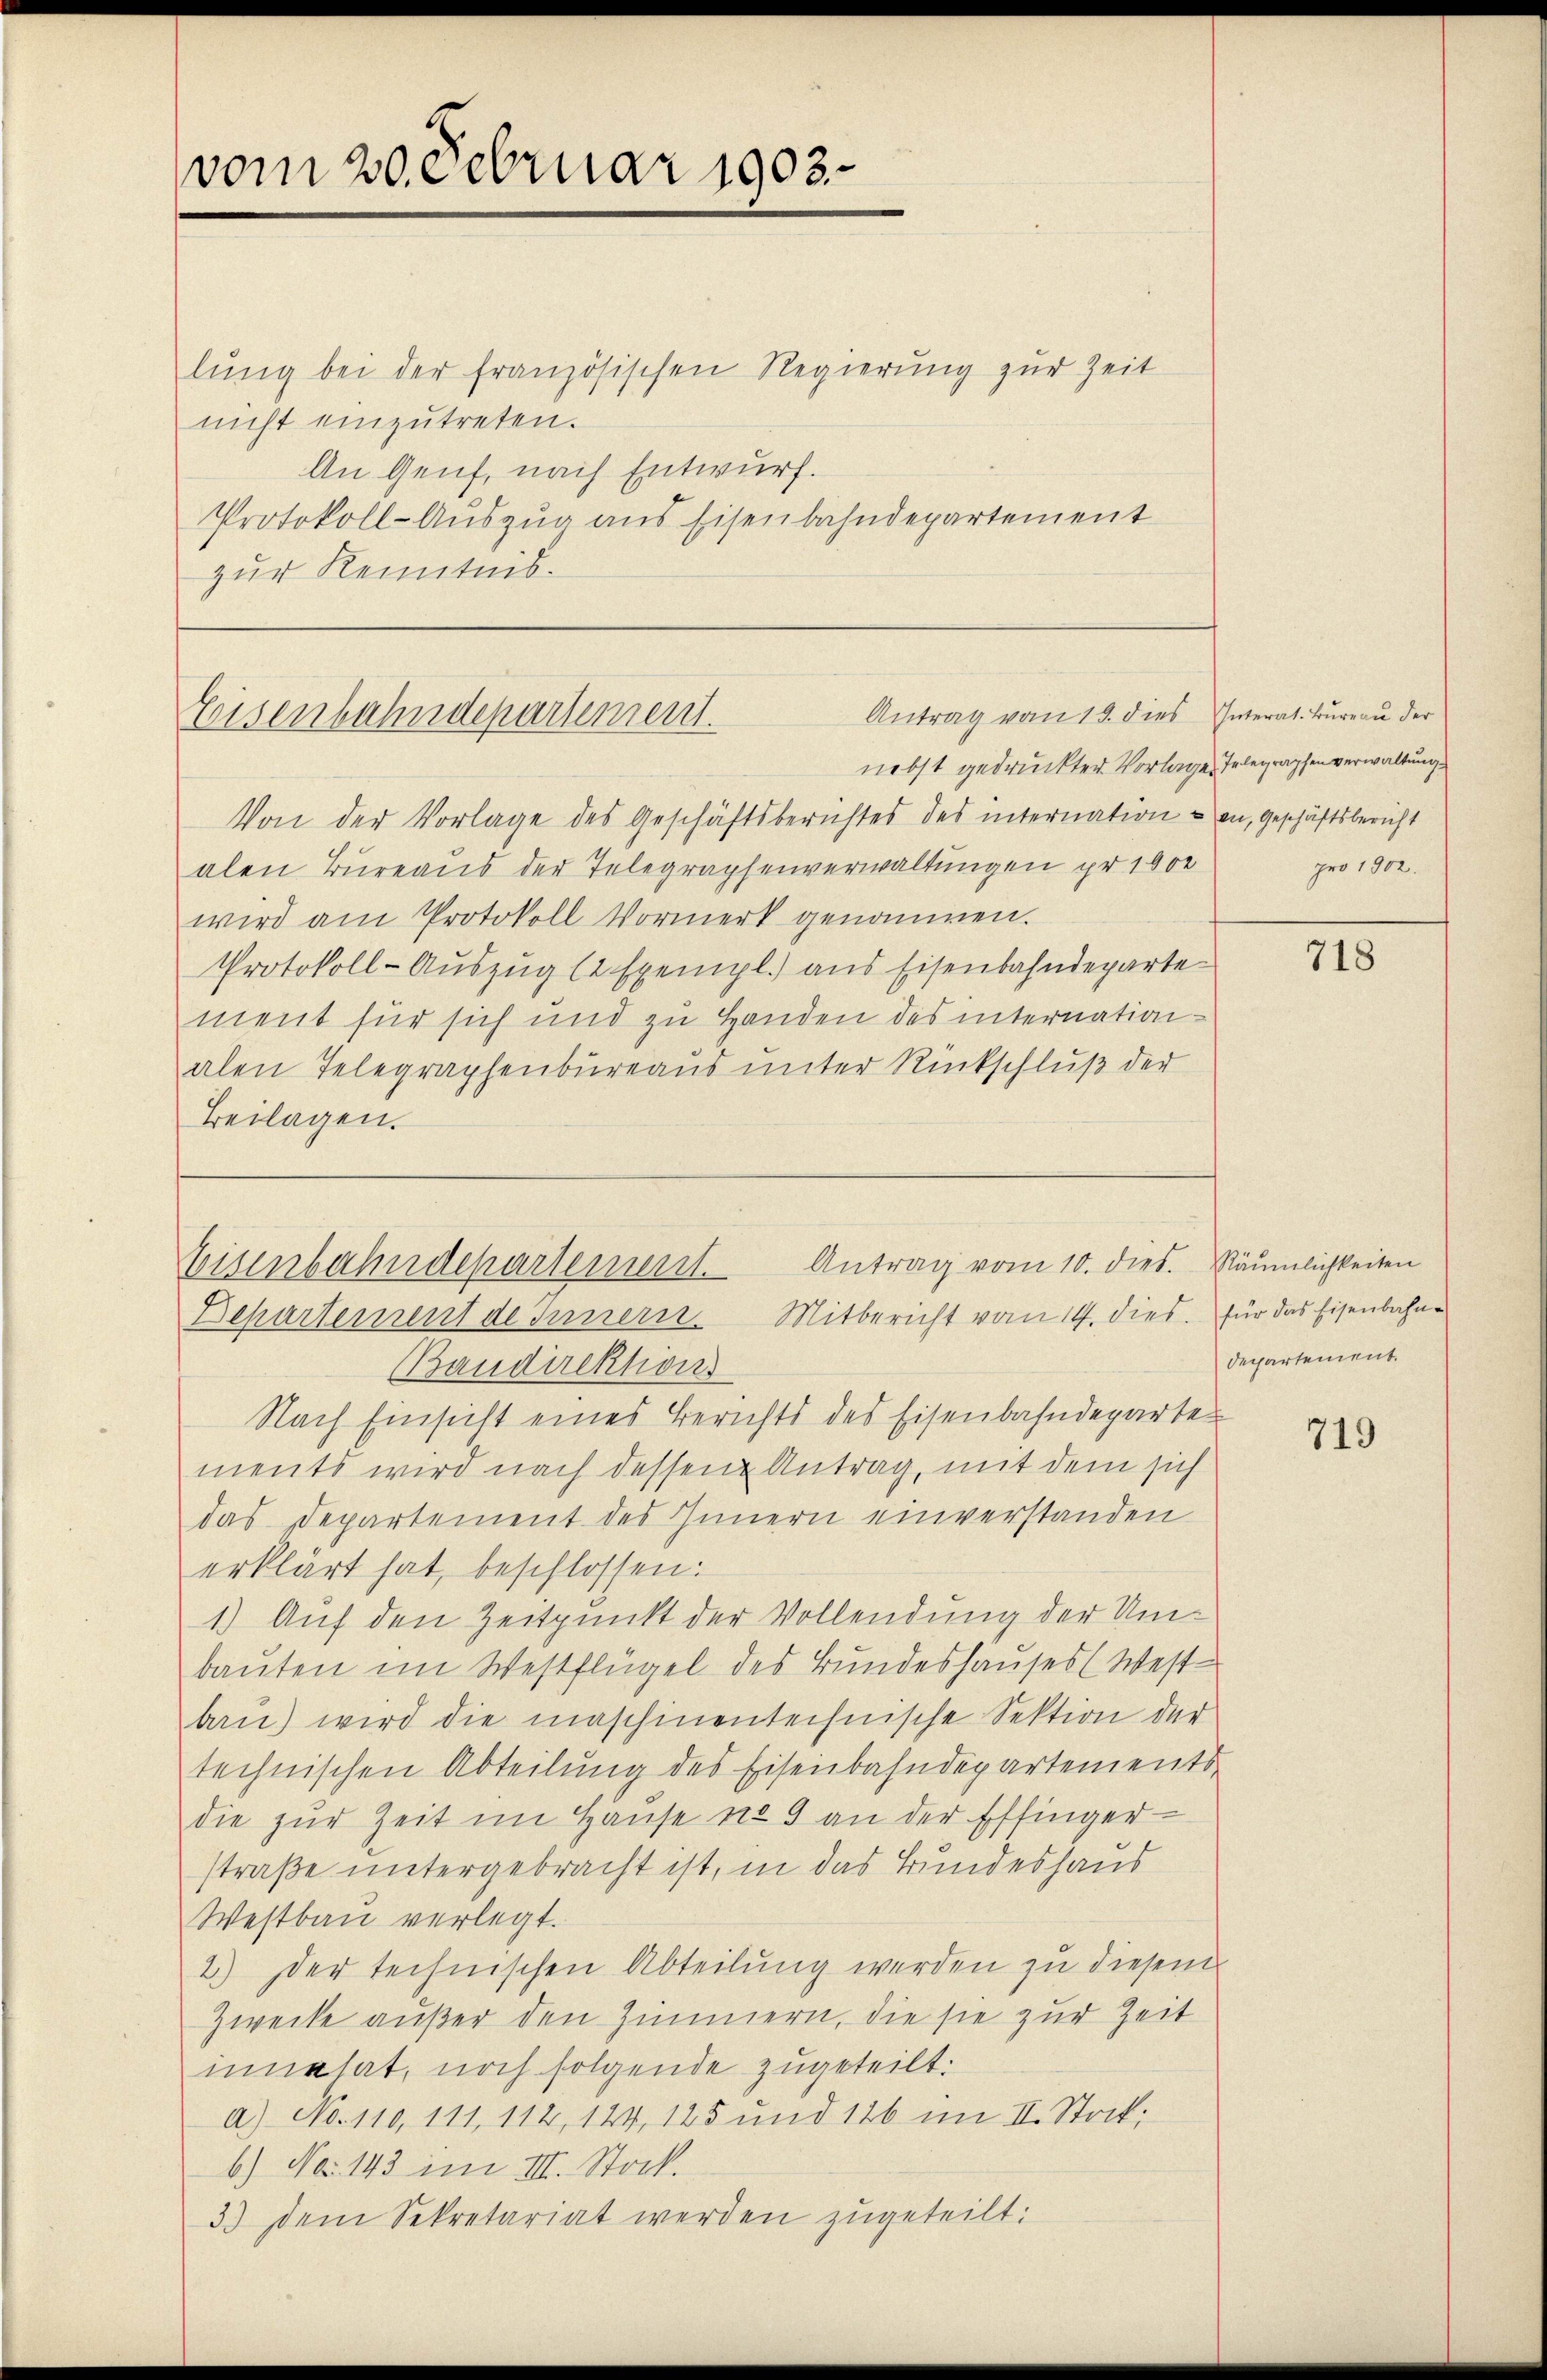
vom 20. Februar 1903.

lŭng bei der französischen Regierung zur Zeit
nicht einzutreten.
An Genf, nach Entwurf.
Protokoll-Auszug aus Eisenbahndepartement
zur Kenntnis.

Antrag vom 19. dies Interat. Bureau der
Eisenbahndepartement.

Antrag vom 10. dies. Räumlichkeiten
Eisenbahndepartement
Departement des Innern. Mitbericht vom 14. dies für das Eisenbahn¬

nebst gedruckter Vorlage Telegraphen verwaltung
Von der Vorlage des Geschäftsberichtes des internation an, Geschäftsbericht
alen Bureaus der Telegraphenverwaltungen pr 1000
wird am Protokoll Vormerk genommen.
Protokoll-Aŭszŭg 12 Exempl.) aus Eisenbahndeparte
ment für sich und zu Handen des internationalen Telegraphenbureaus unter Rückschluß der
Beilagen.

Baudirektions
Nach Einsicht eines Berichts des Eisenbahndeparte
ments wird nach dessen Antrag, mit dem sich
das Departement des Innern einverstanden
erklärt hat, beschlossen:
1.) Auf den Zeitpunkt der Vollendung der Umbauten im Westflügel des Bundeshauses (West-
ban) wird die maschinentechnische Sektion der
technischen Abteilung des Eisenbahndepartements
die zur Zeit im Hause no 9 an der Effinger
straße untergebracht ist, in das Bundeshaus
Westbau verlegt.
2.) Der technischen Abteilung werden zu diesem
Zwecke außer den Zimmern, die sie zur Zeit
innehat, noch folgende zugeteilt.
a) No. 110, 111, 112, 124, 125 und 126 im II. Stock,
6.) No 143 im III. Stock.
3.) Dem Sekretariat werden zugeteilt:

pro 1902.

718

departement.

719